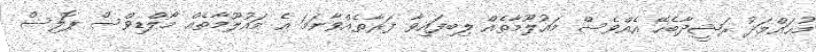
މުޙައްމަދު ރަޝީދާބެހޭ އެއްވެސް މައުލޫމާތެއް ލިބިފައިވާ ފަރާތެއްވާނަމަ އެ މައުލޫމާތެއް މޯލްޑިވްސް ޕޮލިސް